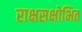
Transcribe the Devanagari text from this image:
राक्षसक्षोभित